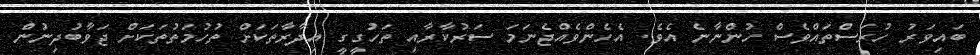
ބައިވަރު ހުރަސްތައްވެސް ހުންނާނެ އެވެ. އެހެންވެއްޖެނަމަ ސަރުކާރާއި ތަހުގީގީ އިދާރާތަކަށް ތުހުމަތުތަކަށް ޖަވާބުދިނުން